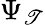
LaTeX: \Psi_{\mathscr{T}}